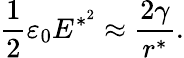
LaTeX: \frac{1}{2}\varepsilon_{0}E^{*^{2}}\approx\frac{2\gamma}{r^{*}}.